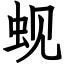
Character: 蚬